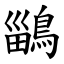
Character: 鶅